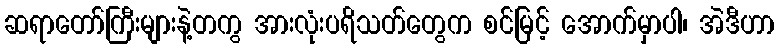
ဆရာတော်ကြီးများနဲ့တကွ အားလုံးပရိသတ်တွေက စင်မြင့် အောက်မှာပါ၊ အဲဒီဟာ